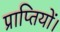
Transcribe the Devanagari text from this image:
प्राप्तियों।